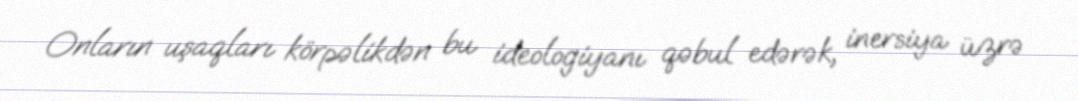
Onların uşaqları körpəlikdən bu ideologiyanı qəbul edərək, inersiya üzrə